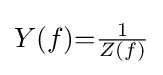
Y(f){=}{\tfrac {1}{Z(f)}}